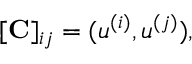
[ \mathbf { C } ] _ { i j } = ( \boldsymbol { u } ^ { ( i ) } , \boldsymbol { u } ^ { ( j ) } ) ,